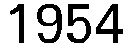
1954